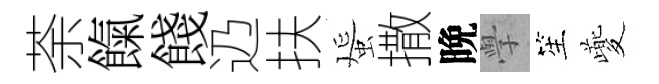
荼餼餞辸扶蜑撒晩𭓕笙夔